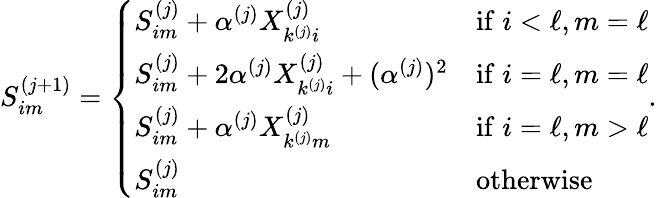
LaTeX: S_{im}^{(j+1)}=\left\{ \begin{array}{ll}{S_{im}^{(j)}+\alpha^{(j)}X_{k^{(j)}i}^{(j)}}&{\mathrm{if}\; i<\ell,m=\ell}\\ {S_{im}^{(j)}+2\alpha^{(j)}X_{k^{(j)}i}^{(j)}+(\alpha^{(j)})^{2}}&{\mathrm{if}\; i=\ell,m=\ell}\\ {S_{im}^{(j)}+\alpha^{(j)}X_{k^{(j)}m}^{(j)}}&{\mathrm{if}\; i=\ell,m>\ell}\\ {S_{im}^{(j)}}&{\mathrm{otherwise}}\end{array}\right..